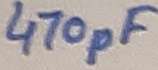
Text: 470pF